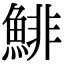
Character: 鯡